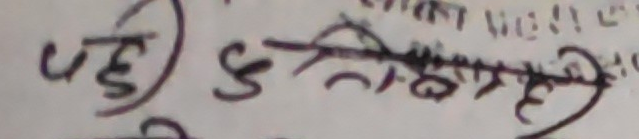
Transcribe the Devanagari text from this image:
पहे डस्त्रिये